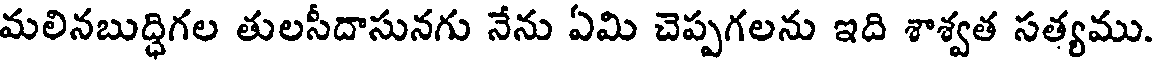
మలినబుద్ధిగల తులసీదాసునగు నేను ఏమి చెప్పగలను ఇది శాశ్వత సత్యము.